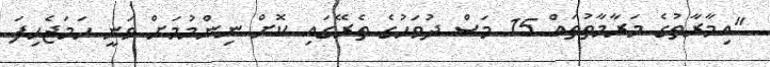
"އިމާރާތުގެ މަރާމާތުތައް 15 މަސް ދުވަހުގެ ތެރޭގައި ކޮށް ނިންމުމަށް ވަނީ ހަމަޖެހިފަ